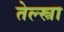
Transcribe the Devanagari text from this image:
तेल्स्त्रा